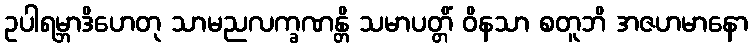
ဥပါရမ္ဘာဒိဟေတု သာမညလက္ခဏန္တိ သမာပတ္တိံ ဝိနသာ စတူဘိ အဇဟမာနော